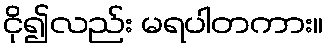
ငို၍လည်း မရပါတကား။